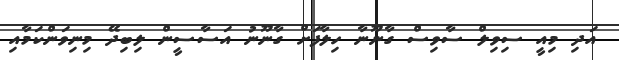
އަދި މިއީ ސިވިލް ސާވިސް ގާނޫނާ ހިލާފަށް ގާނޫނު އަސާސީން ލިބިދޭ މިނިވަންކަމާއި